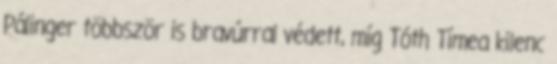
Pálinger többször is bravúrral védett, míg Tóth Tímea kilenc